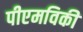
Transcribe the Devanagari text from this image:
पीएमविकी